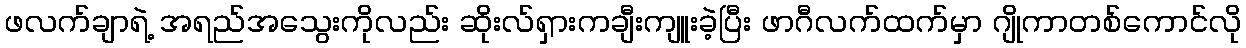
ဖလက်ချာရဲ့ အရည်အသွေးကိုလည်း ဆိုးလ်ရှားကချီးကျူးခဲ့ပြီး ဖာဂီလက်ထက်မှာ ဂျိုကာတစ်ကောင်လို